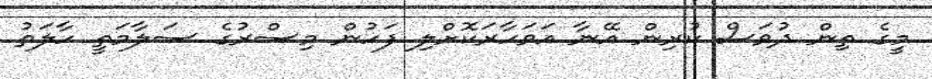
މީގެ ތިން ދުވަސް ކުރިން އޭނާ އަވަހާރަކޮށްލި ފަހުން މިސްރުގެ ސަލާމަތީ ހާލަތު